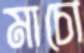
মাচো